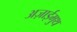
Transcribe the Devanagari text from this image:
अज़ाईमुथ